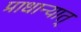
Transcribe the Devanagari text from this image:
प्राधान्यात्